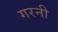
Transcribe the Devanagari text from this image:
गरनी